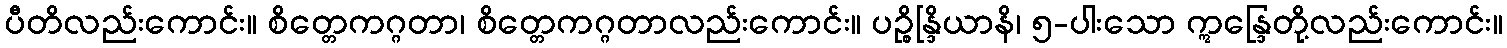
ပီတိလည်းကောင်း။ စိတ္တေကဂ္ဂတာ၊ စိတ္တေကဂ္ဂတာလည်းကောင်း။ ပဉ္စိန္ဒြိယာနိ၊ ၅-ပါးသော ဣန္ဒြေတို့လည်းကောင်း။